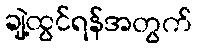
ချဲ့ထွင်ရန်အတွက်